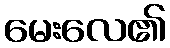
မေးလေ၏